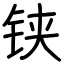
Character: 铗